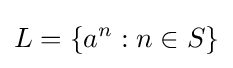
L=\{a^{n}:n\in S\}